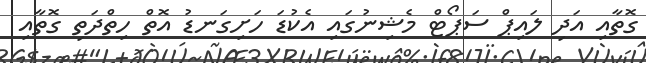
ގޮތާއި އަދި ލައިޕް ސަޕޯޓް މެޝިނުގައި އެކުޑަ ހަށިގަނޑު އޮތް ހިތްދަތި ގޮތާއި